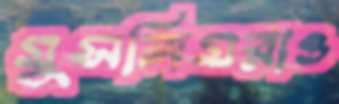
মুসলিমরাও